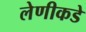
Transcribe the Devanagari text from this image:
लेणीकडे